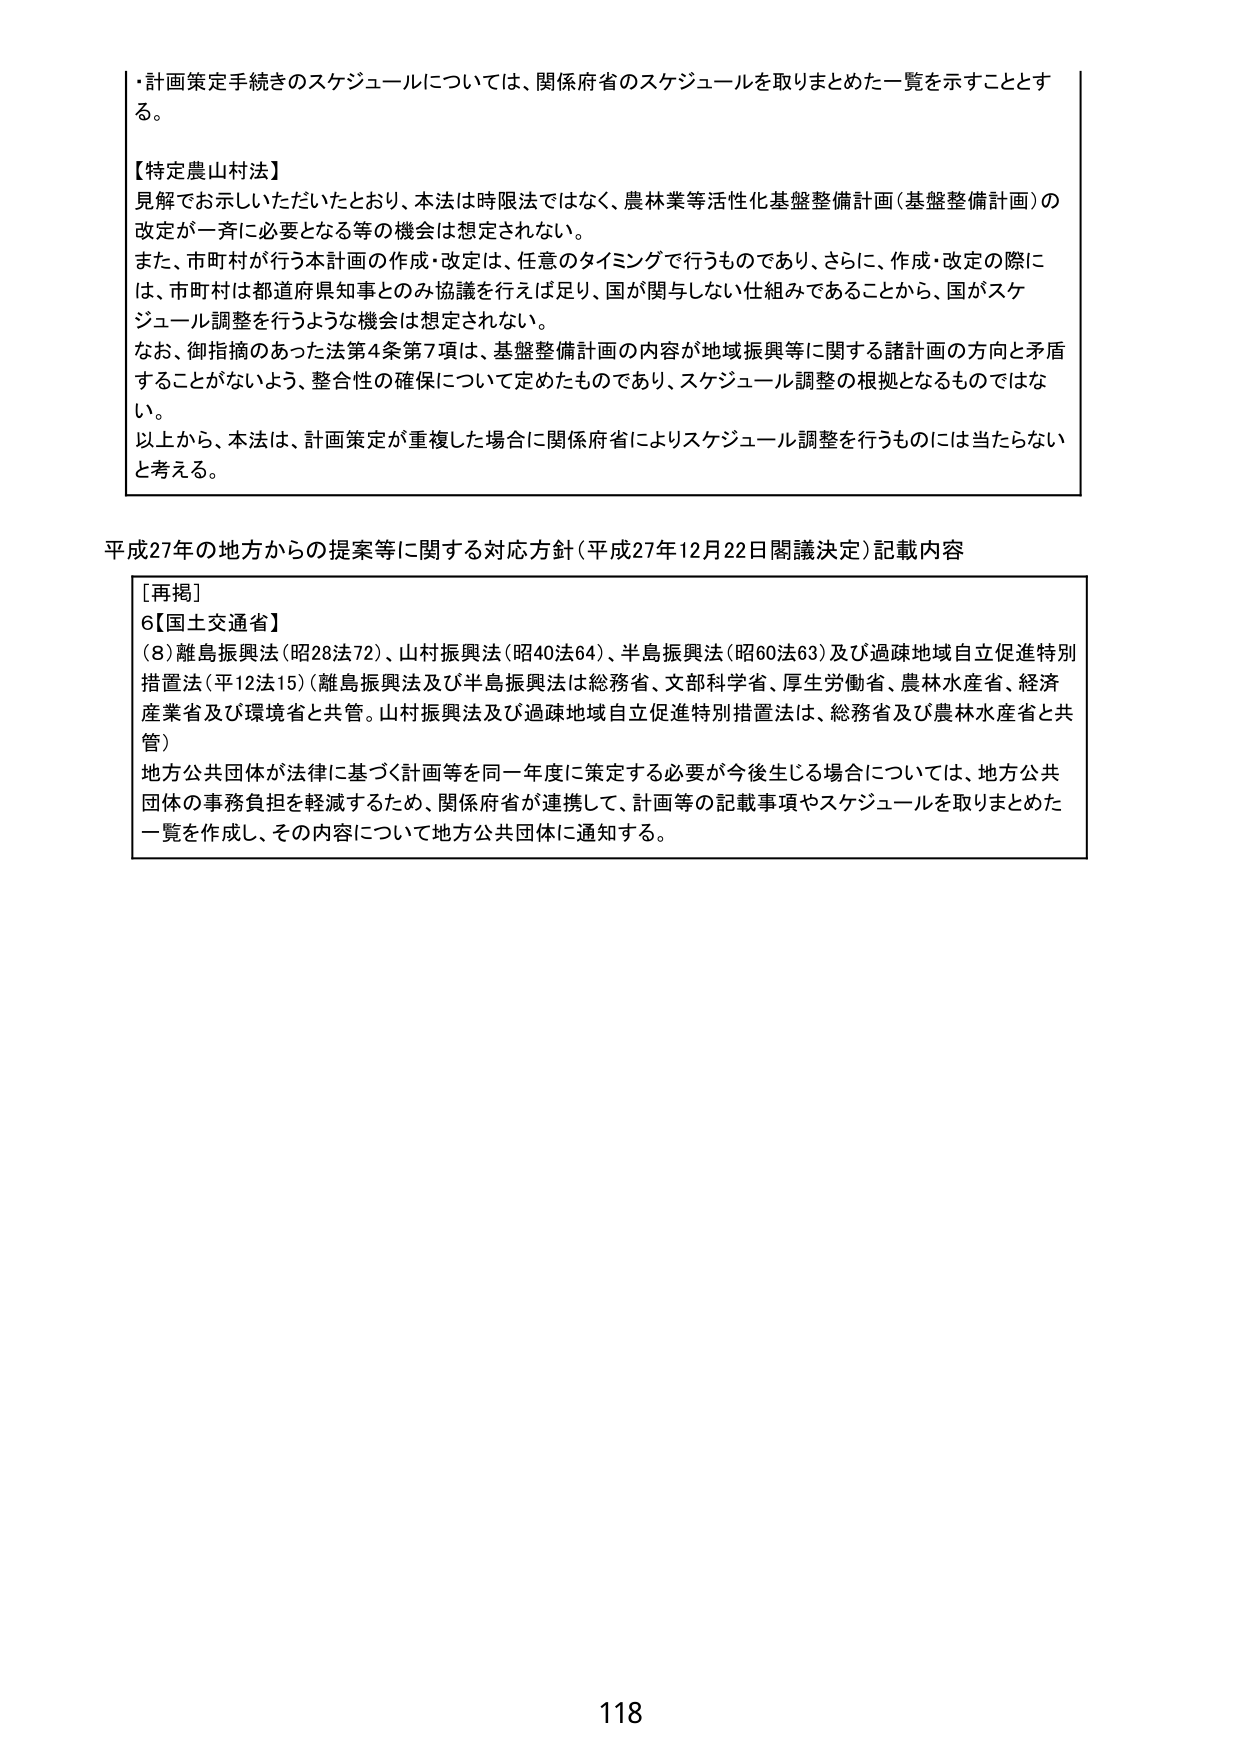
・計画策定手続きのスケジュールについては、関係府省のスケジュールを取りまとめた一覧を示すこととする。

【特定農山村法】
見解でお示しいただいたとおり、本法は時限法ではなく、農林業等活性化基盤整備計画（基盤整備計画）の改定が一斉に必要となる等の機会は想定されない。
また、市町村が行う本計画の作成・改定は、任意のタイミングで行うものであり、さらに、作成・改定の際には、市町村は都道府県知事とのみ協議を行えば足り、国が関与しない仕組みであることから、国がスケジュール調整を行うような機会は想定されない。
なお、御指摘のあった法第4条第7項は、基盤整備計画の内容が地域振興等に関する諸計画の方向と矛盾することががないよう、整合性の確保について定めたものであり、スケジュール調整の根拠となるものではない。
以上から、本法は、計画策定が重複した場合に関係府省によりスケジュール調整を行うものには当たらないと考える。

平成27年の地方からの提案等に関する対応方針（平成27年12月22日閣議決定）記載内容

［再掲］
6【国土交通省】
（8）離島振興法（昭28法72）、山村振興法（昭40法64）、半島振興法（昭60法63）及び過疎地域自立促進特別措置法（平12法15）（離島振興法及び半島振興法は総務省、文部科学省、厚生労働省、農林水産省、経済産業省及び環境省と共管。山村振興法及び過疎地域自立促進特別措置法は、総務省及び農林水産省と共管）
地方公共団体が法律に基づく計画等を同一年度に策定する必要が今後生じる場合については、地方公共団体の事務負担を軽減するため、関係府省が連携して、計画等の記載事項やスケジュールを取りまとめた一覧を作成し、その内容について地方公共団体に通知する。

118